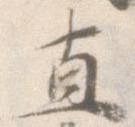
直